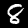
Digit: 8